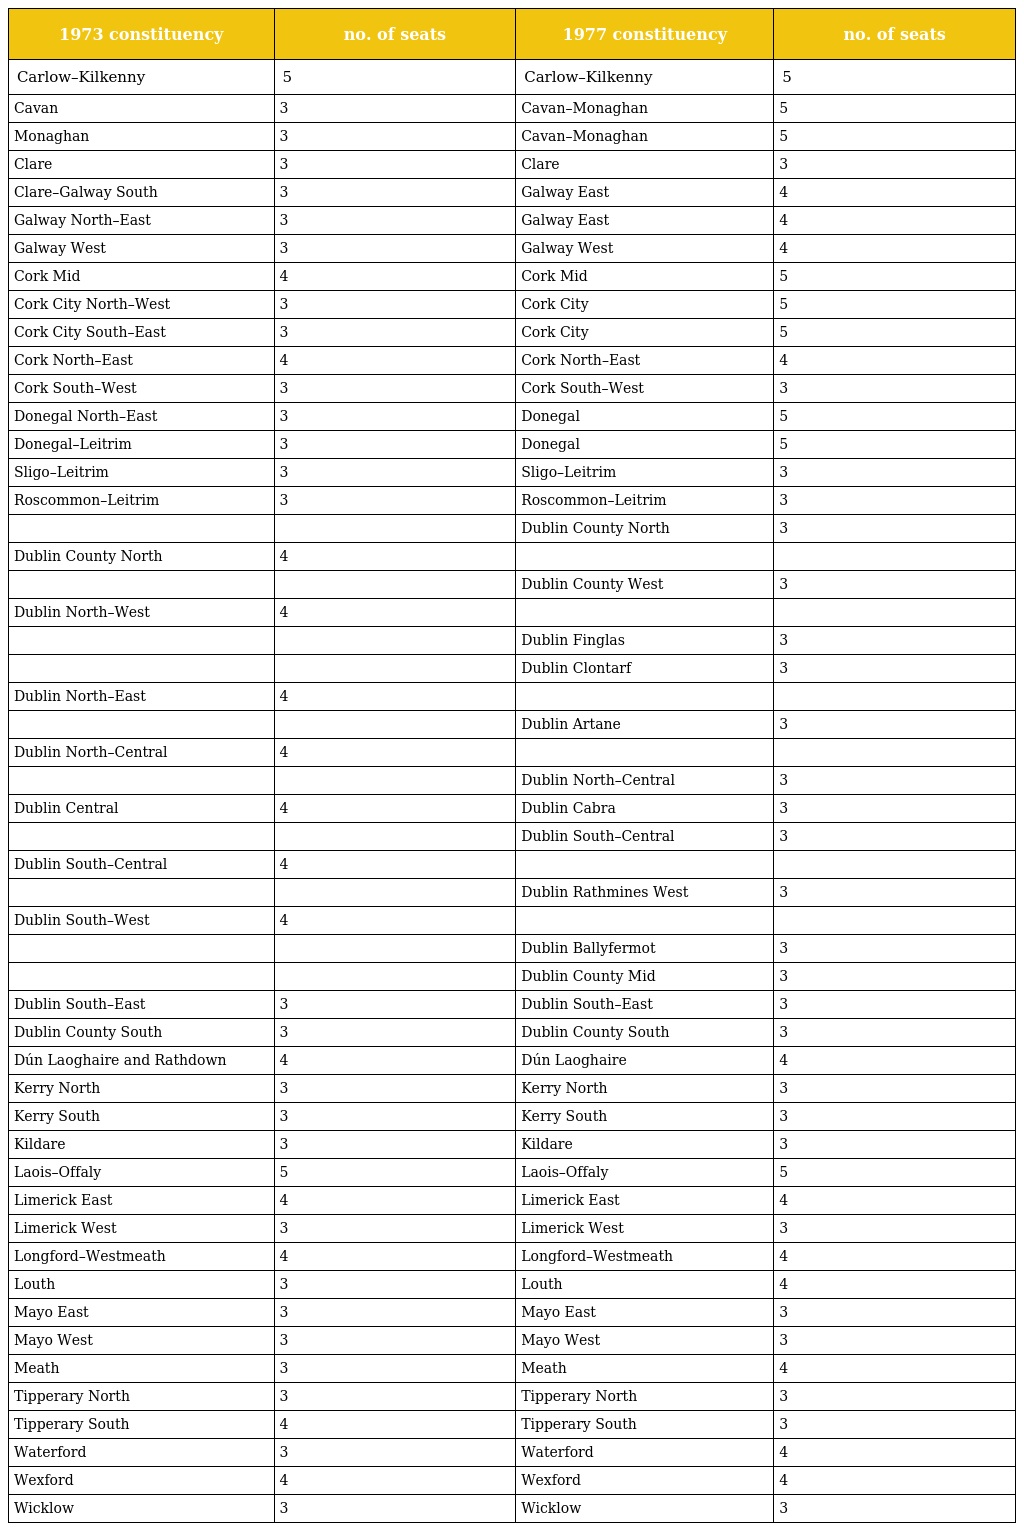
| 1973 constituency | no. of seats | 1977 constituency | no. of seats |
 | --- | --- | --- | --- |
 | Carlow–Kilkenny | 5 | Carlow–Kilkenny | 5 |
 | Cavan | 3 | Cavan–Monaghan | 5 |
 | Monaghan | 3 | Cavan–Monaghan | 5 |
 | Clare | 3 | Clare | 3 |
 | Clare–Galway South | 3 | Galway East | 4 |
 | Galway North–East | 3 | Galway East | 4 |
 | Galway West | 3 | Galway West | 4 |
 | Cork Mid | 4 | Cork Mid | 5 |
 | Cork City North–West | 3 | Cork City | 5 |
 | Cork City South–East | 3 | Cork City | 5 |
 | Cork North–East | 4 | Cork North–East | 4 |
 | Cork South–West | 3 | Cork South–West | 3 |
 | Donegal North–East | 3 | Donegal | 5 |
 | Donegal–Leitrim | 3 | Donegal | 5 |
 | Sligo–Leitrim | 3 | Sligo–Leitrim | 3 |
 | Roscommon–Leitrim | 3 | Roscommon–Leitrim | 3 |
 |  |  | Dublin County North | 3 |
 | Dublin County North | 4 |  |  |
 |  |  | Dublin County West | 3 |
 | Dublin North–West | 4 |  |  |
 |  |  | Dublin Finglas | 3 |
 |  |  | Dublin Clontarf | 3 |
 | Dublin North–East | 4 |  |  |
 |  |  | Dublin Artane | 3 |
 | Dublin North–Central | 4 |  |  |
 |  |  | Dublin North–Central | 3 |
 | Dublin Central | 4 | Dublin Cabra | 3 |
 |  |  | Dublin South–Central | 3 |
 | Dublin South–Central | 4 |  |  |
 |  |  | Dublin Rathmines West | 3 |
 | Dublin South–West | 4 |  |  |
 |  |  | Dublin Ballyfermot | 3 |
 |  |  | Dublin County Mid | 3 |
 | Dublin South–East | 3 | Dublin South–East | 3 |
 | Dublin County South | 3 | Dublin County South | 3 |
 | Dún Laoghaire and Rathdown | 4 | Dún Laoghaire | 4 |
 | Kerry North | 3 | Kerry North | 3 |
 | Kerry South | 3 | Kerry South | 3 |
 | Kildare | 3 | Kildare | 3 |
 | Laois–Offaly | 5 | Laois–Offaly | 5 |
 | Limerick East | 4 | Limerick East | 4 |
 | Limerick West | 3 | Limerick West | 3 |
 | Longford–Westmeath | 4 | Longford–Westmeath | 4 |
 | Louth | 3 | Louth | 4 |
 | Mayo East | 3 | Mayo East | 3 |
 | Mayo West | 3 | Mayo West | 3 |
 | Meath | 3 | Meath | 4 |
 | Tipperary North | 3 | Tipperary North | 3 |
 | Tipperary South | 4 | Tipperary South | 3 |
 | Waterford | 3 | Waterford | 4 |
 | Wexford | 4 | Wexford | 4 |
 | Wicklow | 3 | Wicklow | 3 |